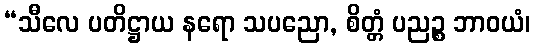
“သီလေ ပတိဋ္ဌာယ နရော သပညော, စိတ္တံ ပညဉ္စ ဘာဝယံ၊